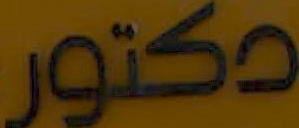
دكتور